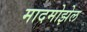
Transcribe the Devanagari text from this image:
मादमोझेल